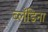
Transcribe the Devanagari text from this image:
ब्लँडिना